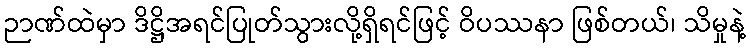
ဉာဏ်ထဲမှာ ဒိဋ္ဌိအရင်ပြုတ်သွားလို့ရှိရင်ဖြင့် ဝိပဿနာ ဖြစ်တယ်၊ သိမှုနဲ့